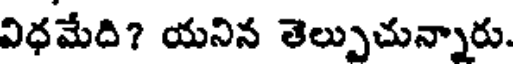
విధమేది? యనిన తెల్పుచున్నారు.